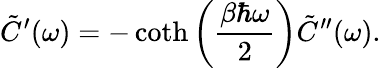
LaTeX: \tilde{C}^{\prime}(\omega)=-\coth\left(\frac{\beta\hbar\omega}{2}\right)\tilde{C}^{\prime\prime}(\omega).